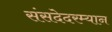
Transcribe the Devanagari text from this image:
संसदेदरम्यान